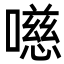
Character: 㘂